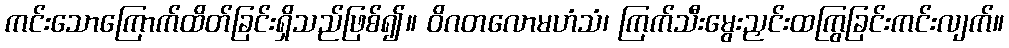
ကင်းသောကြောက်ထိတ်ခြင်းရှိသည်ဖြစ်၍။ ဝိဂတလောမဟံသံ၊ ကြက်သီးမွေးညှင်းထကြွခြင်းကင်းလျက်။